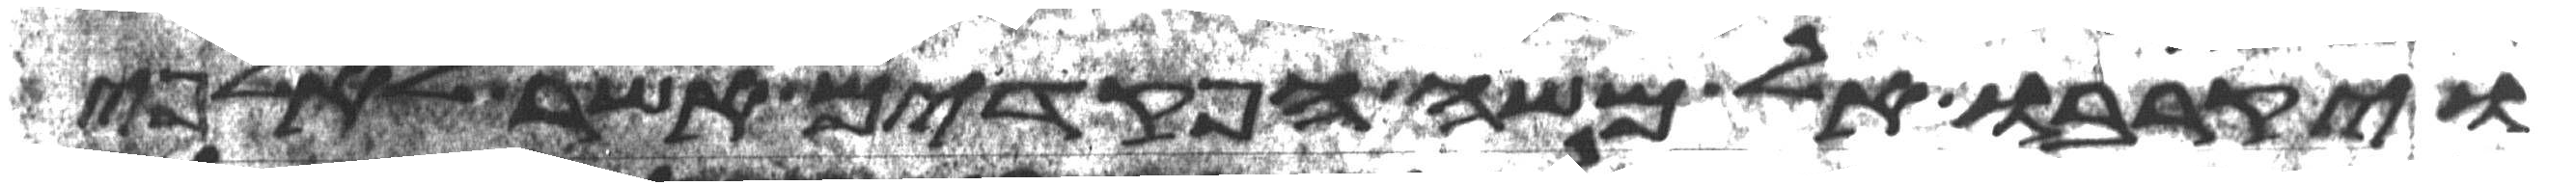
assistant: ויקרבו אל משה הפקדים אשר לאלפי